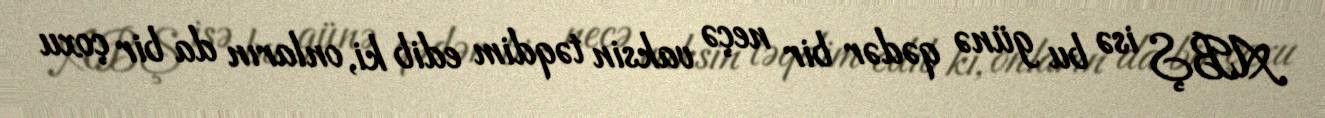
ABŞ isə bu günə qədər bir neçə vaksin təqdim edib ki, onların da bir çoxu